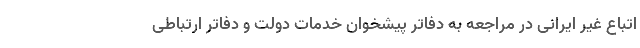
اتباع غیر ایرانی در مراجعه به دفاتر پیشخوان خدمات دولت و دفاتر ارتباطی